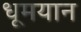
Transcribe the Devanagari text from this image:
धूमयान